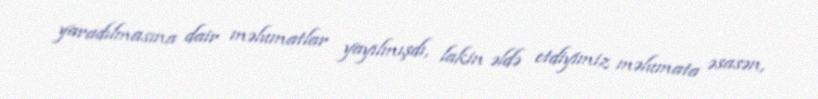
yaradılmasına dair məlumatlar yayılmışdı, lakin əldə etdiyimiz məlumata əsasən,